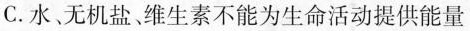
C.水、无机盐维生素不能为生命活动提供能量